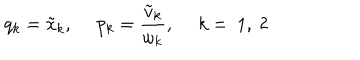
LaTeX: q _ { k } = \tilde { x } _ { k } , ~ ~ p _ { k } = \frac { \tilde { v } _ { k } } { \omega _ { k } } , ~ ~ k = ~ 1 , ~ 2